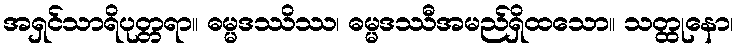
အရှင်သာရိပုတ္တရာ။ ဓမ္မဒဿိဿ၊ ဓမ္မဒဿီအမည်ရှိထသော။ သတ္ထုနော၊